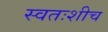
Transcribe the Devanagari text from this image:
स्वतःशीच